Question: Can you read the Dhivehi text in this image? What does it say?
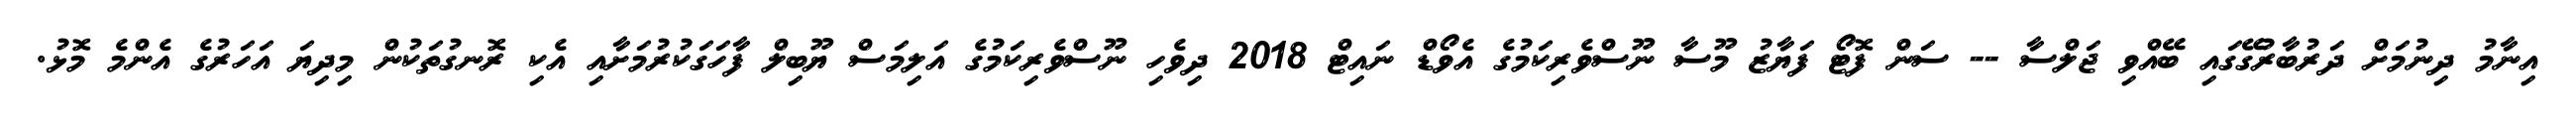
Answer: އިނާމު ދިނުމަށް ދަރުބާރުގޭގައި ބޭއްވި ޖަލްސާ -- ސަން ފޮޓޯ ފަޔާޒު މޫސާ ނޫސްވެރިކަމުގެ އެވޯޑް ނައިޓް 2018 ދިވެހި ނޫސްވެރިކަމުގެ އަލިމަސް ޔޫބިލް ފާހަގަކުރުމަށާއި އެކި ރޮނގުތަކުން މިދިޔަ އަހަރުގެ އެންމެ މޮޅު.